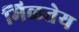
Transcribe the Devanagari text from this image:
मिळतेय